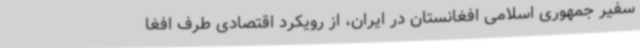
سفیر جمهوری اسلامی افغانستان در ایران، از رویکرد اقتصادی طرف افغا